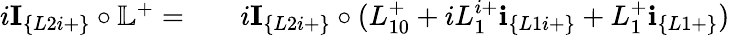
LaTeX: \begin{array}{rlr}{i\textbf{I}_{\{ L2i+\} }\circ\mathbb{L}^{+}=}&{{}}&{i\textbf{I}_{\{ L2i+\} }\circ(L_{10}^{+}+iL_{1}^{i+}\textbf{i}_{\{ L1i+\} }+L_{1}^{+}\textbf{i}_{\{ L1+\} })}\end{array}